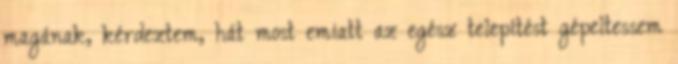
magának, kérdeztem, hát most emiatt az egész telepítést gépeltessem